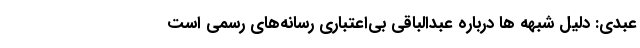
عبدی: دلیل شبهه ها درباره عبدالباقی بی‌اعتباری رسانه‌های رسمی است